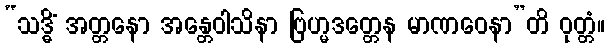
“သဒ္ဓိံ အတ္တနော အန္တေဝါသိနာ ဗြဟ္မဒတ္တေန မာဏဝေနာ”တိ ဝုတ္တံ။